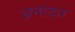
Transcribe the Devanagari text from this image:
अनादार